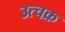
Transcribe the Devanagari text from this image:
उत्चक्र